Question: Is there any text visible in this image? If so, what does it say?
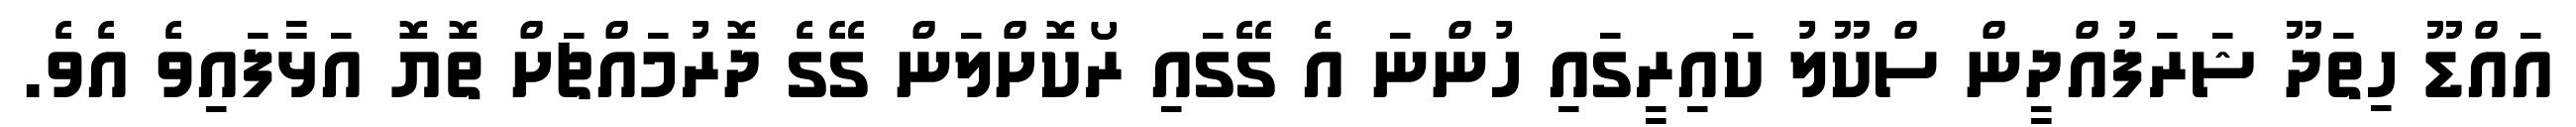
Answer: އައްޑޫ ހިތަދޫ ޝަރަފުއްދީން ސްކޫލު ކައިރީގައި ހުންނަ އެ ގޭގައި ރޯކޮށްލަން ގޭގެ ދޮރުމައްޗަށް ތޮޔޮ އަޅާފައިވެ އެވެ.